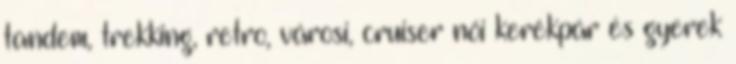
tandem, trekking, retro, városi, cruiser női kerékpár és gyerek